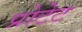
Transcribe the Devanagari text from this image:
प्रोटेट